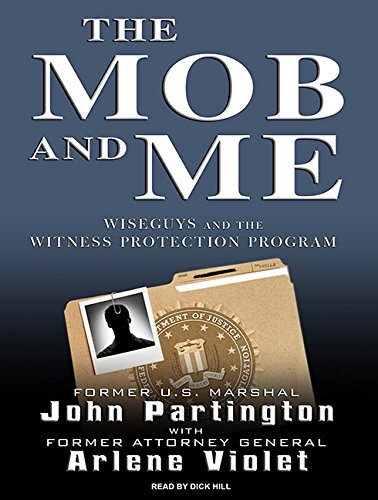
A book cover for The Mob and Me: Wiseguys and the Witness Protection Program; John Partington; Law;